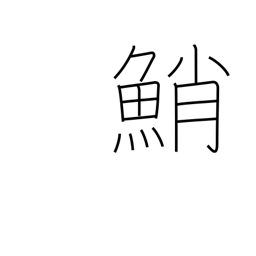
Meaning: octopus